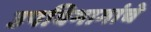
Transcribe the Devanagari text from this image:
उपविभागांचे